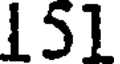
151